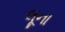
લૂના